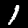
Label: 1